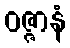
ဝဇ္ဇာနံ